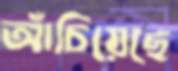
আঁচিয়েছে